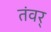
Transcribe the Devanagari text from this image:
तंवर्